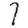
Digit: 7